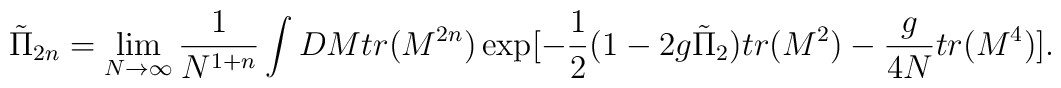
{\tilde \Pi}_{2n}=\lim _{N \to \infty}\frac{1}{N^{1+n}}\int DMtr(M^{2n})\exp[-\frac{1}{2}(1-2g{\tilde \Pi}_2 )tr(M^2)- \frac{g}{4N}tr(M^4)].